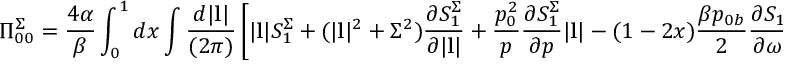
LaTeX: \Pi _ { 0 0 } ^ { \Sigma } = { \frac { 4 \alpha } { \beta } } \int _ { 0 } ^ { 1 } d x \int { \frac { d | { \bf l } | } { ( 2 \pi ) } } \left[ | { \bf l } | S _ { 1 } ^ { \Sigma } + ( | { \bf l } | ^ { 2 } + \Sigma ^ { 2 } ) { \frac { \partial S _ { 1 } ^ { \Sigma } } { \partial | { \bf l } | } } + { \frac { p _ { 0 } ^ { 2 } } { p } } { \frac { \partial S _ { 1 } ^ { \Sigma } } { \partial p } } | { \bf l } | - ( 1 - 2 x ) { \frac { \beta p _ { 0 b } } { 2 } } { \frac { \partial S _ { 1 } } { \partial \omega } } \right]